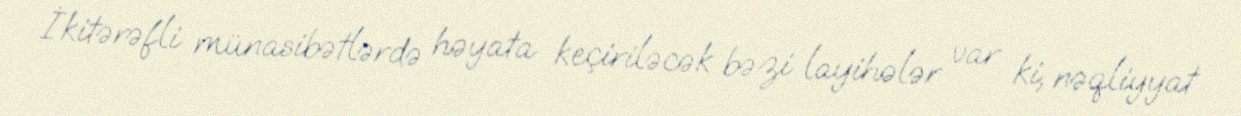
İkitərəfli münasibətlərdə həyata keçiriləcək bəzi layihələr var ki, nəqliyyat